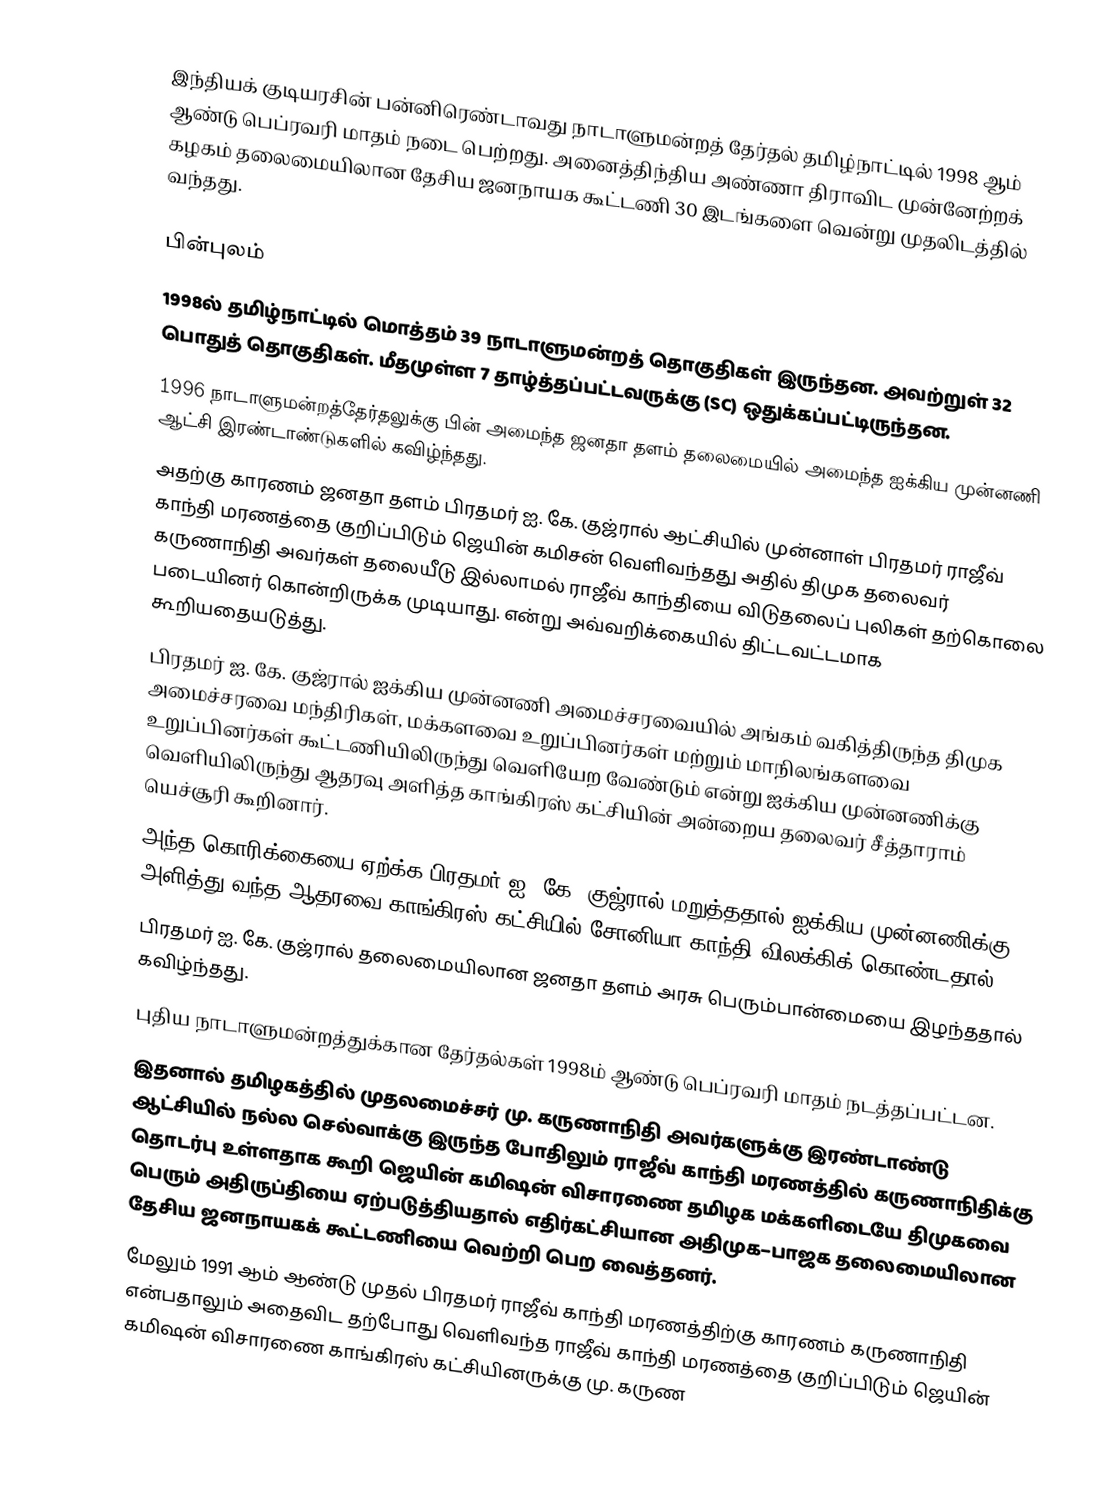
இந்தியக் குடியரசின் பன்னிரெண்டாவது நாடாளுமன்றத் தேர்தல் தமிழ்நாட்டில் 1998 ஆம் ஆண்டு பெப்ரவரி மாதம் நடை பெற்றது. அனைத்திந்திய அண்ணா திராவிட முன்னேற்றக் கழகம் தலைமையிலான தேசிய ஜனநாயக கூட்டணி 30 இடங்களை வென்று முதலிடத்தில் வந்தது.

பின்புலம்
 1998ல் தமிழ்நாட்டில் மொத்தம் 39 நாடாளுமன்றத் தொகுதிகள் இருந்தன. அவற்றுள் 32 பொதுத் தொகுதிகள். மீதமுள்ள 7 தாழ்த்தப்பட்டவருக்கு (SC) ஒதுக்கப்பட்டிருந்தன.
 1996 நாடாளுமன்றத்தேர்தலுக்கு பின் அமைந்த ஜனதா தளம் தலைமையில் அமைந்த ஐக்கிய முன்னணி ஆட்சி  இரண்டாண்டுகளில் கவிழ்ந்தது.
 அதற்கு காரணம் ஜனதா தளம் பிரதமர் ஐ. கே. குஜ்ரால் ஆட்சியில் முன்னாள் பிரதமர் ராஜீவ் காந்தி மரணத்தை குறிப்பிடும் ஜெயின் கமிசன் வெளிவந்தது அதில் திமுக தலைவர் கருணாநிதி அவர்கள் தலையீடு இல்லாமல் ராஜீவ் காந்தியை விடுதலைப் புலிகள் தற்கொலை படையினர் கொன்றிருக்க முடியாது. என்று அவ்வறிக்கையில் திட்டவட்டமாக கூறியதையடுத்து.
 பிரதமர் ஐ. கே. குஜ்ரால் ஐக்கிய முன்னணி அமைச்சரவையில் அங்கம் வகித்திருந்த திமுக அமைச்சரவை மந்திரிகள், மக்களவை உறுப்பினர்கள் மற்றும் மாநிலங்களவை உறுப்பினர்கள் கூட்டணியிலிருந்து வெளியேற வேண்டும் என்று ஐக்கிய முன்னணிக்கு வெளியிலிருந்து ஆதரவு அளித்த காங்கிரஸ் கட்சியின் அன்றைய தலைவர் சீத்தாராம் யெச்சூரி கூறினார்.
 அந்த கொரிக்கையை ஏற்க்க பிரதமர் ஐ. கே. குஜ்ரால் மறுத்ததால் ஐக்கிய முன்னணிக்கு அளித்து வந்த ஆதரவை காங்கிரஸ் கட்சியில் சோனியா காந்தி விலக்கிக் கொண்டதால்.
 பிரதமர் ஐ. கே. குஜ்ரால் தலைமையிலான ஜனதா தளம் அரசு பெரும்பான்மையை இழந்ததால் கவிழ்ந்தது.
 புதிய நாடாளுமன்றத்துக்கான தேர்தல்கள் 1998ம் ஆண்டு பெப்ரவரி மாதம் நடத்தப்பட்டன.
 இதனால் தமிழகத்தில் முதலமைச்சர் மு. கருணாநிதி அவர்களுக்கு இரண்டாண்டு ஆட்சியில் நல்ல செல்வாக்கு இருந்த போதிலும் ராஜீவ் காந்தி மரணத்தில் கருணாநிதிக்கு தொடர்பு உள்ளதாக கூறி ஜெயின் கமிஷன் விசாரணை தமிழக மக்களிடையே திமுகவை பெரும் அதிருப்தியை ஏற்படுத்தியதால் எதிர்கட்சியான அதிமுக–பாஜக தலைமையிலான தேசிய ஜனநாயகக் கூட்டணியை வெற்றி பெற வைத்தனர்.
 மேலும் 1991 ஆம் ஆண்டு முதல் பிரதமர் ராஜீவ் காந்தி மரணத்திற்கு காரணம் கருணாநிதி என்பதாலும் அதைவிட தற்போது வெளிவந்த ராஜீவ் காந்தி மரணத்தை குறிப்பிடும் ஜெயின் கமிஷன் விசாரணை காங்கிரஸ் கட்சியினருக்கு மு. கருண